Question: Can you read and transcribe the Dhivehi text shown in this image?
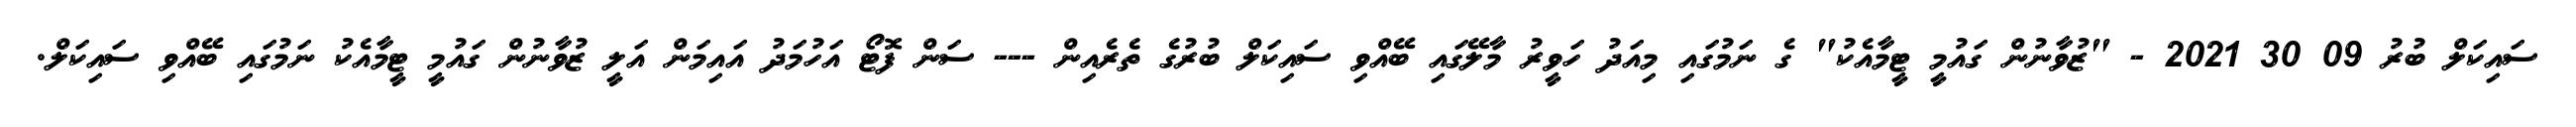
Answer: ސައިކަލް ބުރު 09 30 2021 - "ޒުވާނުން ގައުމީ ޓީމާއެކު" ގެ ނަމުގައި މިއަދު ހަވީރު މާލޭގައި ބޭއްވި ސައިކަލް ބުރުގެ ތެރެއިން --- ސަން ފޮޓޯ އަހުމަދު އައިމަން އަލީ ޒުވާނުން ގައުމީ ޓީމާއެކު ނަމުގައި ބޭއްވި ސައިކަލް.